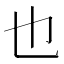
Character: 也